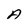
Character: A